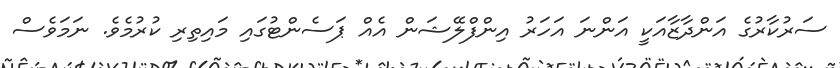
ސަރުކާރުގެ އަންދާޒާއަކީ އަންނަ އަހަރު އިންފްލޭޝަން އެއް ޕަސެންޓުގައި މައިތިރި ކުރުމެވެ. ނަމަވެސް